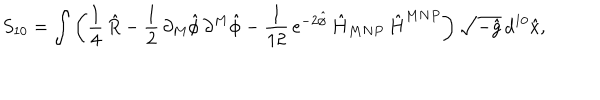
S _ { 1 0 } = \int \left( \frac { 1 } { 4 } \, \hat { R } - \frac { 1 } { 2 } \, \partial _ { M } \hat { \phi } \, \partial ^ { M } \hat { \phi } - \frac { 1 } { 1 2 } \, e ^ { - 2 \hat { \phi } } \, \hat { H } _ { M N P } \, \hat { H } ^ { M N P } \right) \sqrt { - \hat { g } } \, d ^ { 1 0 } \hat { x } ,